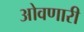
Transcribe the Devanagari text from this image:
ओवणारी